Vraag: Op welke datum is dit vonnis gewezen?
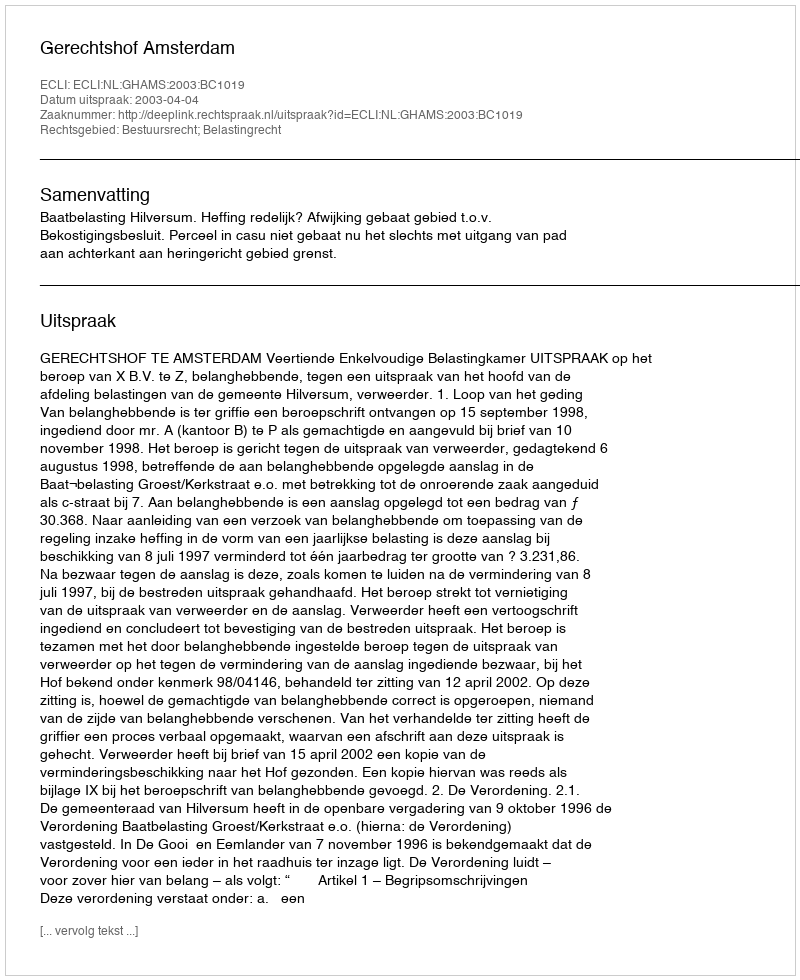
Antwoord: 2003-04-04